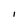
Character: I